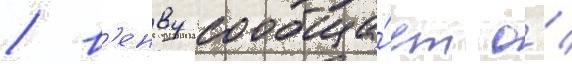
/ в'енву сообща́ет о́